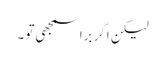
لیکن اگر برا سمجھی تو ۔